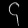
Digit: ၄